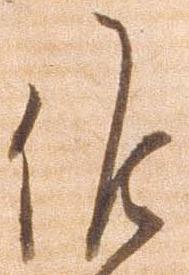
候